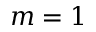
m = 1